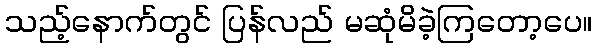
သည့်နောက်တွင် ပြန်လည် မဆုံမိခဲ့ကြတော့ပေ။